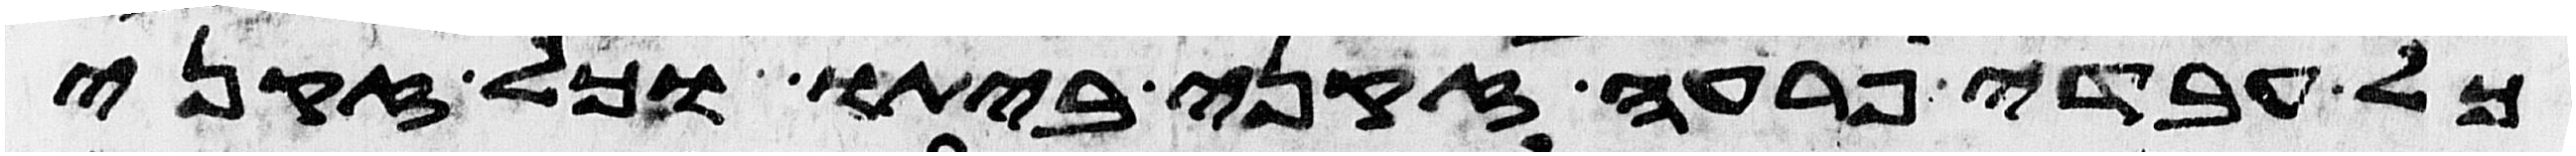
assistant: כל עבדי פרעה זקני ביתו וכל זקני